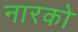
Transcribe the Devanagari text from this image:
नारको